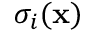
\sigma _ { i } ( \mathbf { x } )